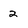
Character: 2